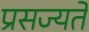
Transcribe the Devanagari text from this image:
प्रसज्यते